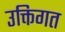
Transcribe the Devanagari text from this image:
उक्तिगत